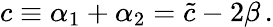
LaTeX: c\equiv\alpha_{1}+\alpha_{2}=\tilde{c}-2\beta\, .